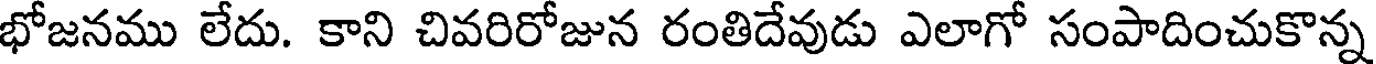
భోజనము లేదు. కాని చివరిరోజున రంతిదేవుడు ఎలాగో సంపాదించుకొన్న